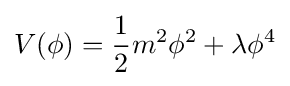
V(\phi )={\frac {1}{2}}m^{2}\phi ^{2}+\lambda \phi ^{4}